Annual report on the Civil Veterinary Department, Burma (including the Insein Veterinary School) - 1923-1931
Year: 1923
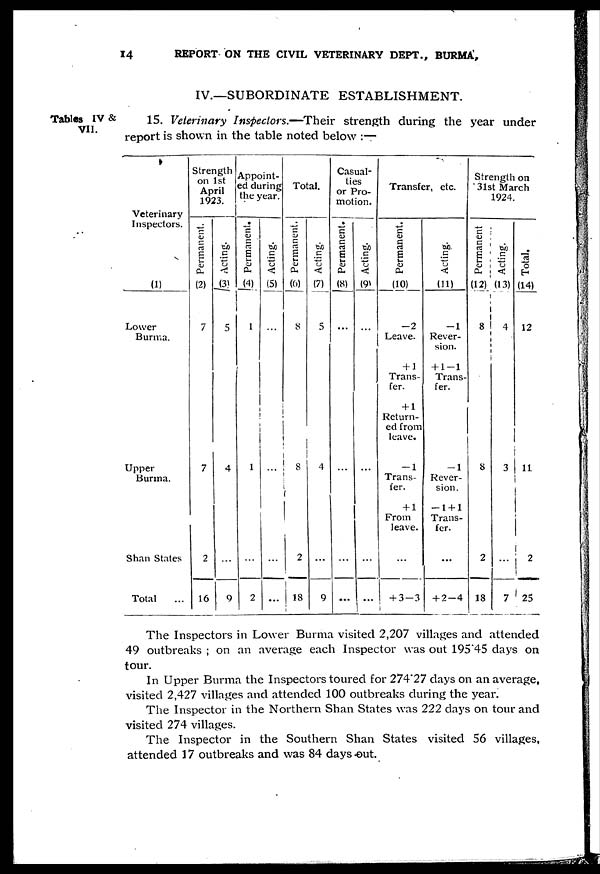
14
REPORT ON THE CIVIL VETERINARY DEPT., BURMA,
IV.—SUBORDINATE ESTABLISHMENT.
Tables IV &
VII.
15. Veterinary Inspectors.—Their strength during the year under
report is shown in the table noted below :—
Veterinary
Inspectors.
(1)
Lower
Burma.
Upper
Burma.
Shan States
Total ...
Strength
on 1st
April
1923.
Permanent.
(2)
7
7
2
16
Acting.
(3)
5
4
...
9
Appoint-
ed during
the year.
Permanent.
(4)
1
1
...
2
Acting.
(5)
...
...
...
...
Total.
Permanent.
(6)
8
8
2
18
Acting.
(7)
5
4
...
9
Casual-
ties
or Pro-
motion.
Permanent.
(8)
...
...
...
...
Acting.
(9)
...
...
...
...
Transfer, etc.
Permanent.
(10)_
-2
Leave.
+ 1
Trans-
fer.
+ 1
Return-
ed from
leave.
-1
Trans-
fer.
+ 1
From
leave.
...
+3-3
Acting.
(11)
-1
Rever-
sion.
+ 1-1
Trans-
fer.
-1
Rever-
sion.
-1 + 1
Trans-
fer.
...
+ 2-4
Strength on
31st March
1924.
Permanent
(12)
8
8
2
18
Acting.
(13)
4
3
...
7
Total.
(14)
12
11
2
25
The Inspectors in Lower Burma visited 2,207 villages and attended
49 outbreaks ; on an average each Inspector was out 195.45 days on
tour.
In Upper Burma the Inspectors toured for 274*27 days on an average,
visited 2,427 villages and attended 100 outbreaks during the year.
The Inspector in the Northern Shan States was 222 days on tour and
visited 274 villages.
The Inspector in the Southern Shan States visited 56 villages,
attended 17 outbreaks and was 84 days out.